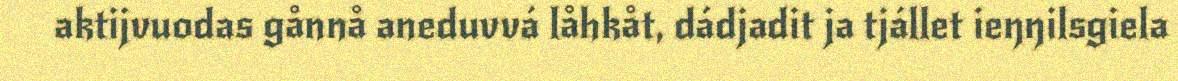
aktijvuodas gånnå aneduvvá låhkåt, dádjadit ja tjállet ieŋŋilsgiela